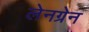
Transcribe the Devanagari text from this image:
लेनग्रेन